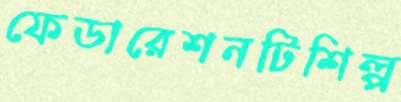
ফেডারেশনটিশিল্প